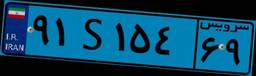
۹۱S۱۵۴۶۹